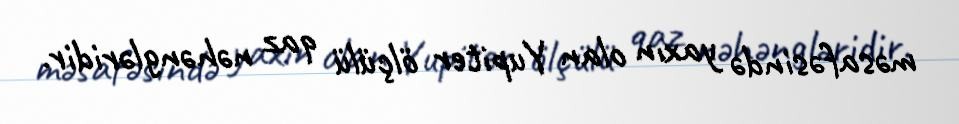
məsafəsində yaxın olan Yupiter ölçülü qaz nəhəngləridir.